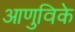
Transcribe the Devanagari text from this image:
आणुविके